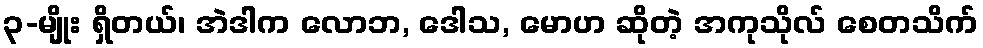
၃-မျိုး ရှိတယ်၊ အဲဒါက လောဘ, ဒေါသ, မောဟ ဆိုတဲ့ အကုသိုလ် စေတသိက်